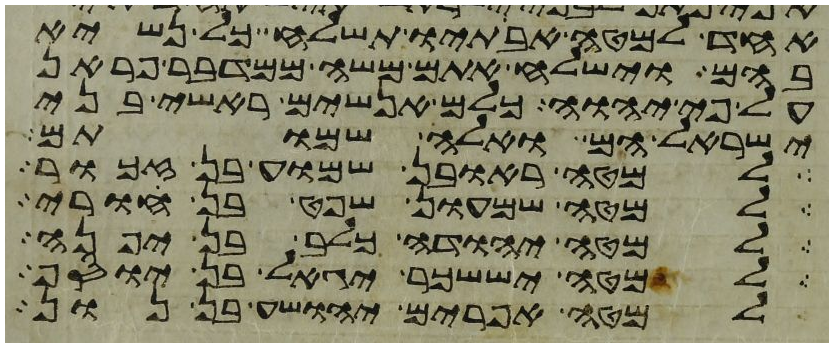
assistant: אחד למטה אבתיו תשלח כל נשיא
בהם וישלח אתם משה ממדבר פראן
על פי יהוה כלם אנשים ראשי בני
ישראל הם ואלה שמותם
למטה ראובן שמוע בן זכור
למטה שמעון שפט בן חורי
למטה יהודה כלב בן יפנה
למטה יששכר יגאל בן יוסף
למטה אפרים יהושע בן נון